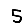
Digit: 5